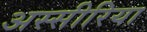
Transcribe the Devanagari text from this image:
अस्सीरिया